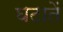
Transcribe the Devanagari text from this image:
घटातें